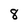
Character: 8